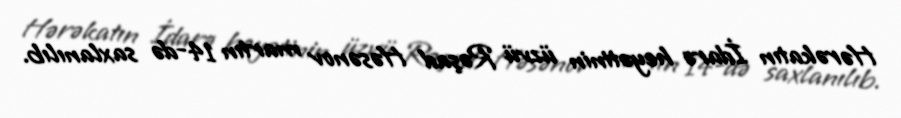
Hərəkatın İdarə heyətinin üzvü Rəşad Həsənov martın 14-də saxlanılıb.